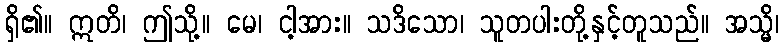
ရှိ၏။ ဣတိ၊ ဤသို့။ မေ၊ ငါ့အား။ သဒိသော၊ သူတပါးတို့နှင့်တူသည်။ အသ္မိ၊